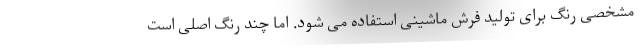
مشخصی رنگ برای تولید فرش ماشینی استفاده می شود. اما چند رنگ اصلی است